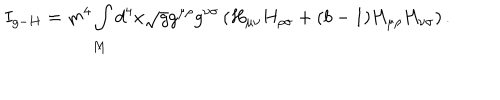
I _ { g - H } = m ^ { 4 } \int _ { M } d ^ { 4 } x \sqrt { g } g ^ { \mu \rho } g ^ { \nu \sigma } \left( H _ { \mu \nu } H _ { \rho \sigma } + ( b - 1 ) H _ { \mu \rho } H _ { \nu \sigma } \right) .